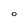
Character: O